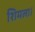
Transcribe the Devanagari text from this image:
शिमला।